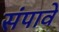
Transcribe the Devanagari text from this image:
संपावे